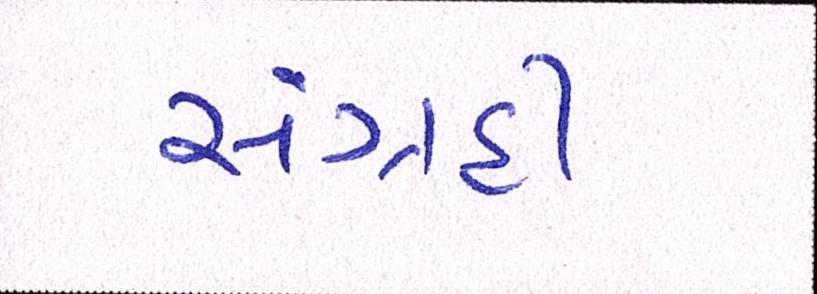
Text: સંગ્રહી